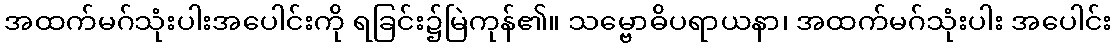
အထက်မဂ်သုံးပါးအပေါင်းကို ရခြင်း၌မြဲကုန်၏။ သမ္ဗောဓိပရာယနာ၊ အထက်မဂ်သုံးပါး အပေါင်း